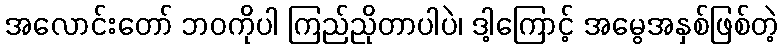
အလောင်းတော် ဘဝကိုပါ ကြည်ညိုတာပါပဲ၊ ဒါ့ကြောင့် အမွေအနှစ်ဖြစ်တဲ့